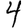
Digit: 4